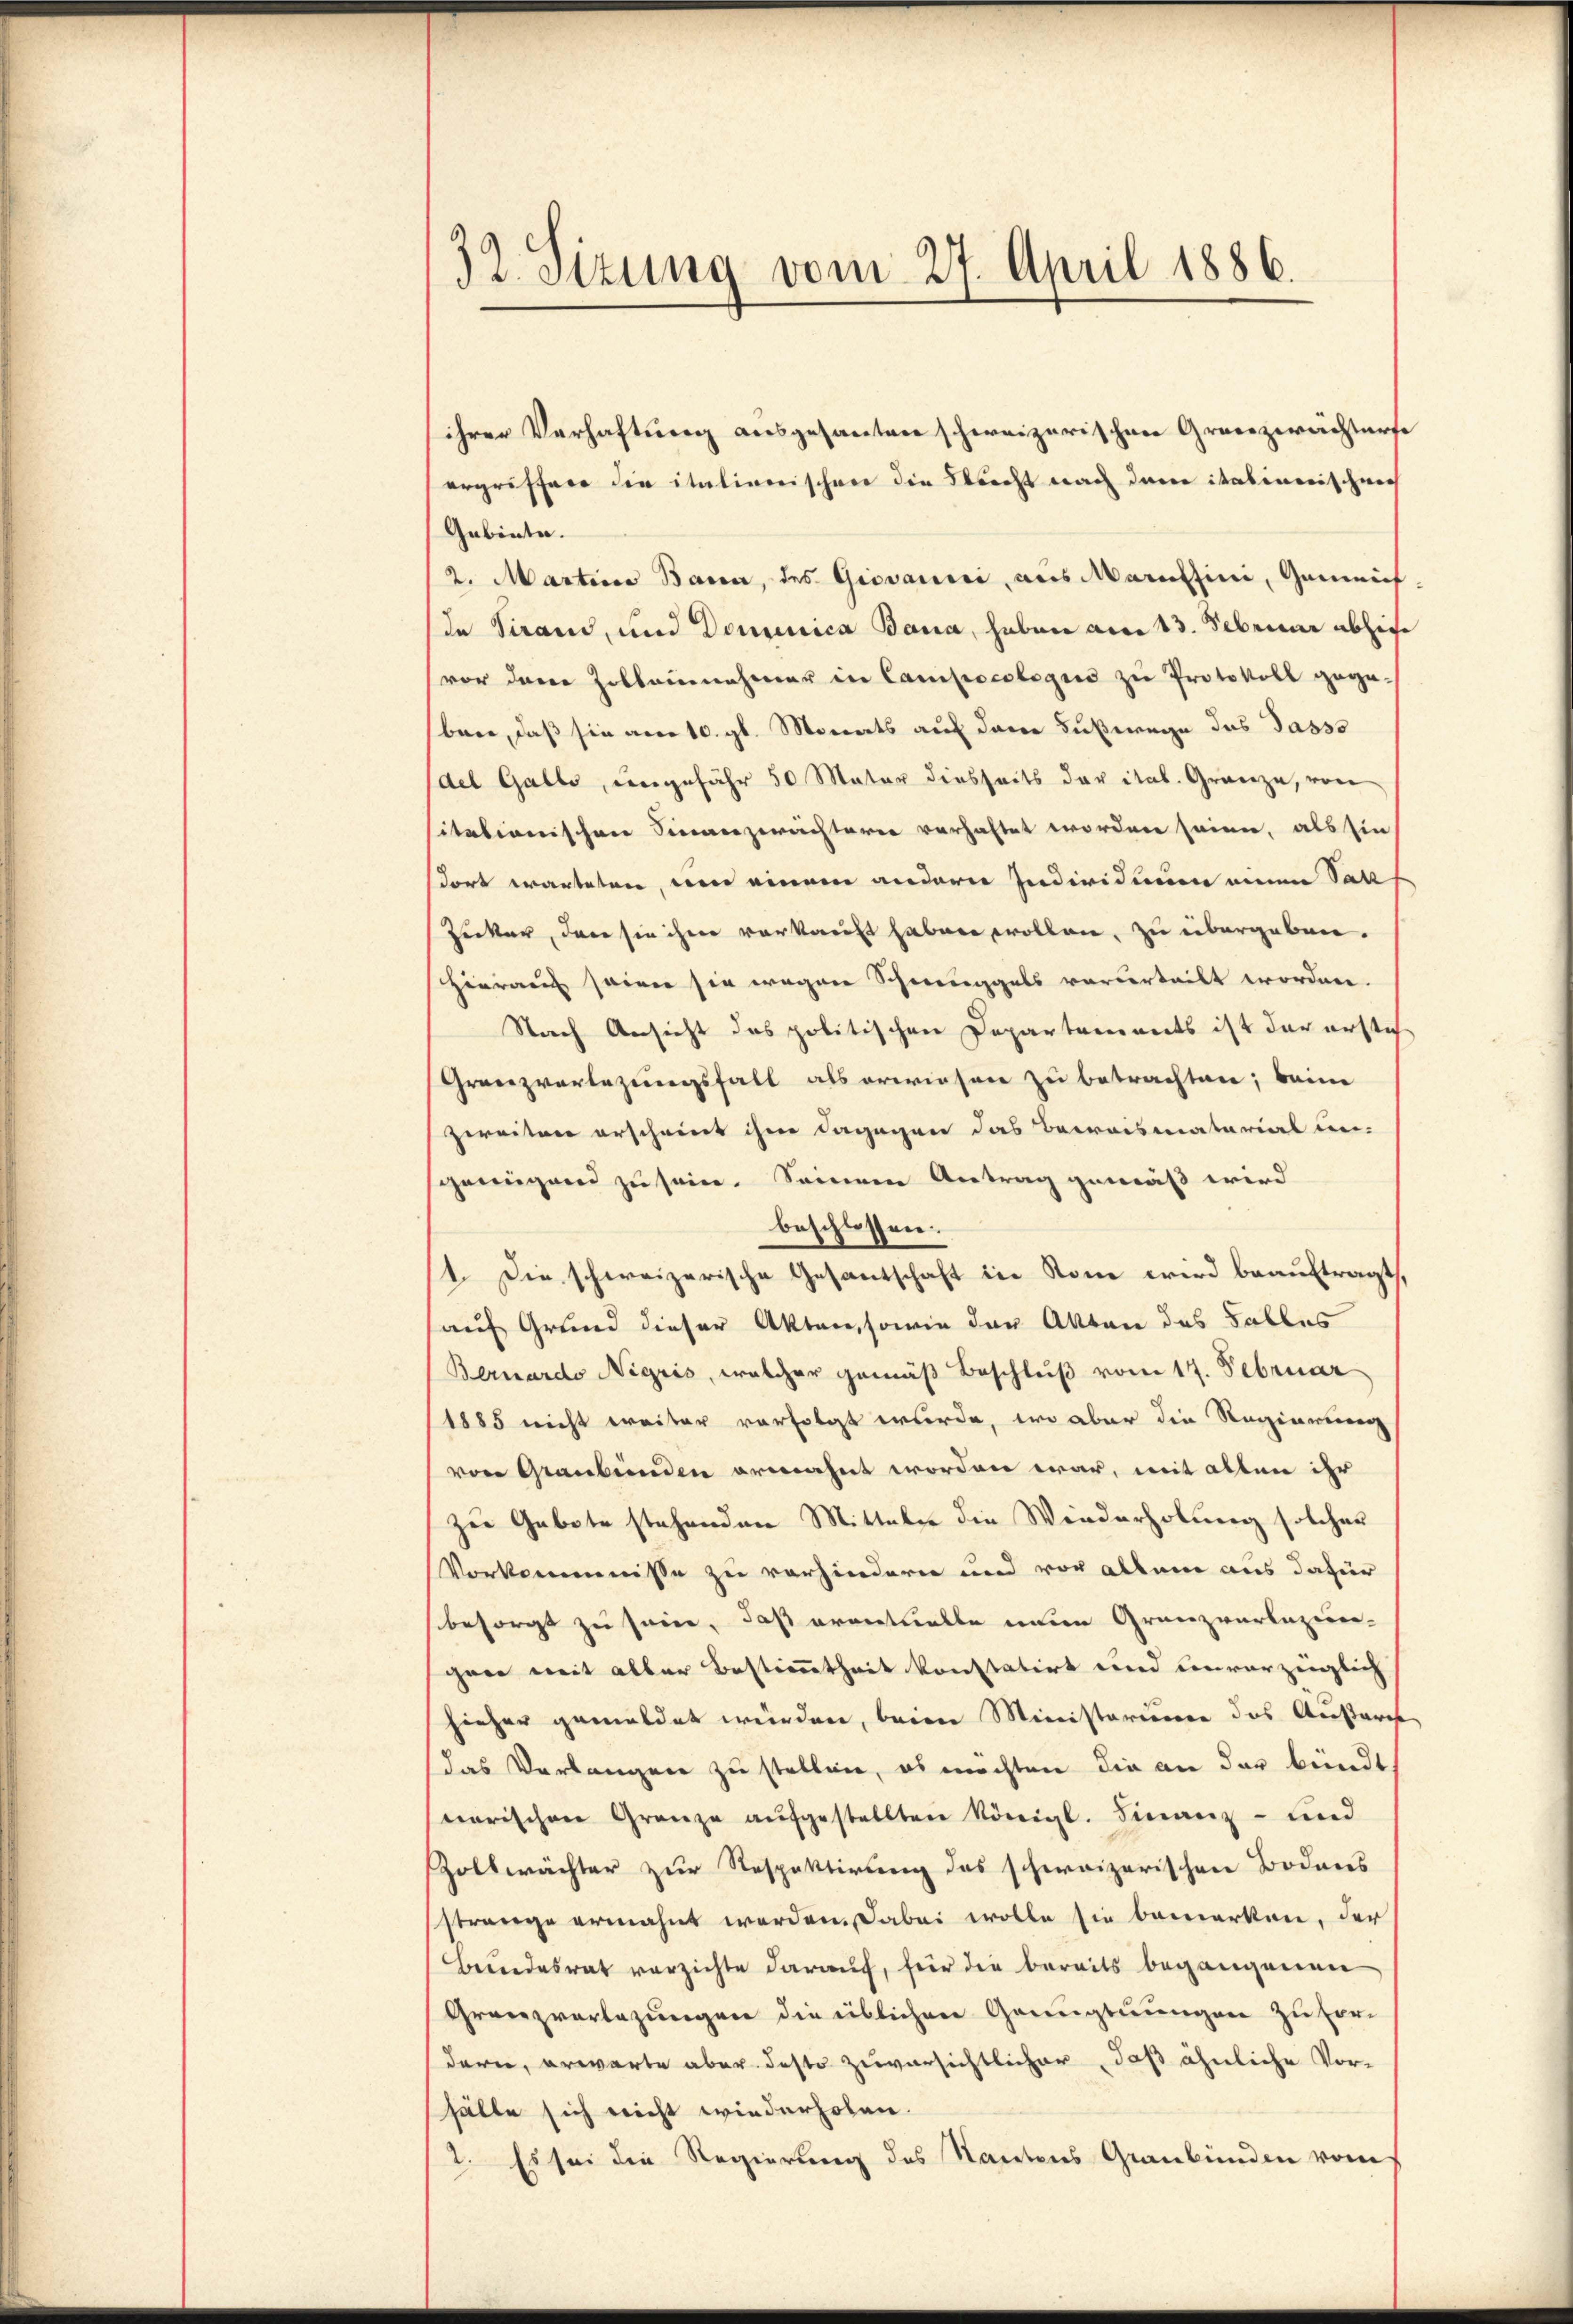
32. Sizung vom 27. April 1886.

ihrer Verhaftung ausgesanten schweizerischen Grenzwachterfe
ergriffere die italienischen die Strecht nach dem italinerischen
Gebiete.
2. Martina Baren, des Giovanici, aus Maraffini, Gemein
de Sirand, und Dominica Bana, haben am 13. Februar abhie
vor dem Zollannehmer in Campocologus zu Protokoll gege
bene, daß sie am 10. gl. Monats auf dene Fußwege das Tasso
del Galle, ungefähr 50 Mater diesseits der ital. Gränze, von
sitationischen Sinanzwachterer verhaftet worden seien, als sie
sort warteten, um einem andern Individuum einen Satz
Zicker, dann sie ihre vorkauft haben wollen, zu übergeben.
Hierauf seiner sie wegen Schwereggels vorderteilt worden.
Nach Ansicht das politischen Departements ist der ersteh
Granzvorlegungsfall als erwiesen zu betrachten; beim
zweiten erscheint ihm dagegen das Beweismaterial un-
scheingend zu sein. Seinem Antrag gemäß wird
beschlossen.
1. Die schweizerische Gesantschaft in Rone wird beauftragt,
auf Grund dieser Akten, sowie der Akten des Falles
Bernardo Nigris, welcher gemäß Beschluß vom 17. Februar
1885 nicht weiter vorfolgt wurde, wo aber die Reginneren
von Graubünden ermahnt worden war, mit allen ihr
zu Gebote stehenden Mitteln die Wiederholung solcher
Vorkommnisse zu vorhindern und vor allem aus dafür
besorgt zu sein, daß eventuelle einem Granzverlesun-
gane mit aller Bestimmtheit konstatirt und unvorzüglich
hieher gemeldet werden, beim Ministerieren das Ausarche
das Verlangen zu stellen, es möchten die an der bündt
warischen Granze aŭfgestellten Königl. Finanz- und
Zoltwächter zur Respektirung des schweizerischen Bodens
strange ermahnt werden. Dabei wolle sie bemerken, der
Beundesrat verzichte darauf, für die bereits begangenen
Granzvorlegungen die üblichen Genugtuungen zu verdern, erwarte aber desto zuversichtlicher, daß ähnliche Vor-
hälte sich nicht wiederholen.
2. Es sei die Regierung des Kantons Graubünden vom